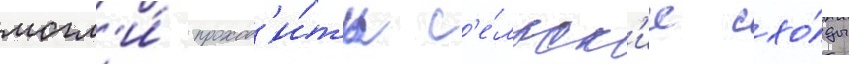
могл'и́ проход'и́ть с'е́льск'ие схо́ды